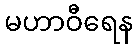
မဟာဝီရေန